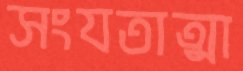
সংযতাত্মা